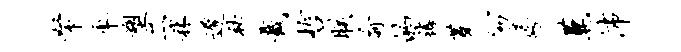
帑率塑二秫迟秘截哲朕俞的禧蓁笏夸萋沛